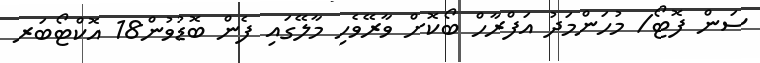
ސަން ފޮޓޯ/ މުހަންމަދު އަފްރާހް ބޯކޮށް ވާރޭވެހި މާލޭގައި ފެން ބޮޑުވުން18 އޮކްޓޯބަރ